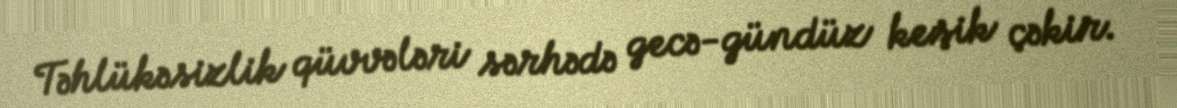
Təhlükəsizlik qüvvələri sərhədə gecə-gündüz keşik çəkir.